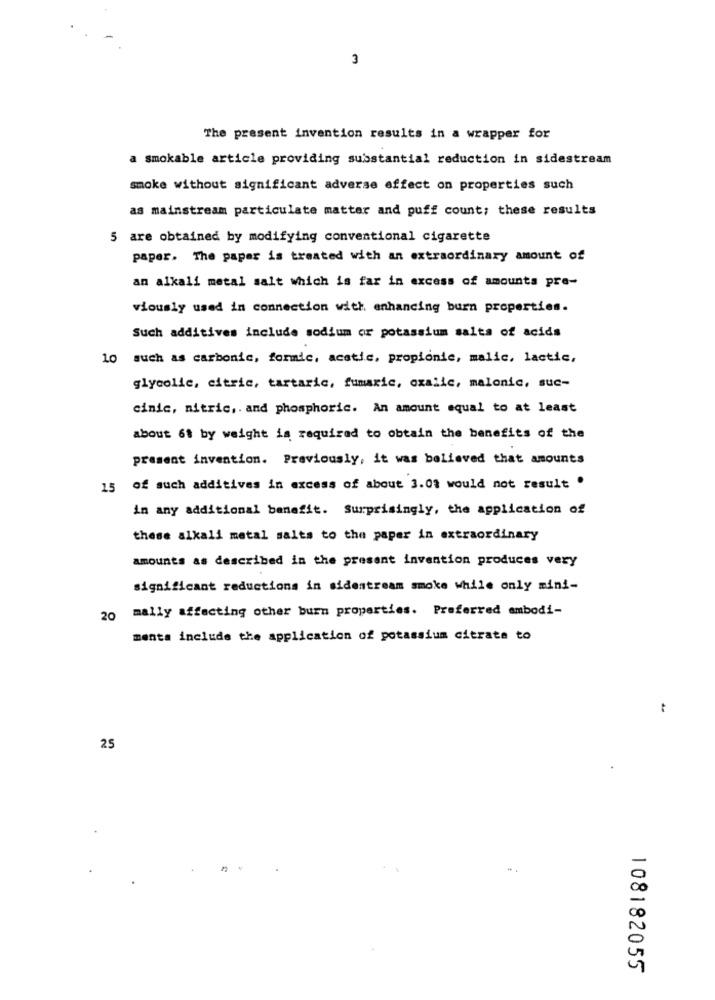
3
The present invention results in a wrapper for
a smokable article providing substantial reduction in sidestream
smoke without significant adverse effect on properties such
as mainstream particulate matter and puff count; these results
5 are obtained by modifying conventional cigarette
paper. The paper is treated with an extraordinary amount of
an alkali metal salt which is far in excess of amounts pre-
viously used in connection with enhancing burn properties.
Such additives include sodium or potassium salts of acids
10 such as carbonic, formic, acetic, propionie, malic, lactic,
glycolic, citric, tartaric, fumaric, oxalic, malonic, suc-
cinic, nitric ,. and phosphoric. An amount equal to at least
about 61 by weight is required to obtain the benefits of the
present invention. Previously, it was believed that amounts
15 of such additives in excess of about 3.01 would not result .
in any additional benefit. Surprisingly, the application of
these alkali metal salts to the paper in extraordinary
amounts as described in the present invention produces very
significant reductions in sidestream smoke while only mini-
mally affecting other burn properties. Preferred ambodi-
ments include the application of potassium citrate to
25
.
108182055